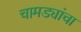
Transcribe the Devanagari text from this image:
चामड्यांचा